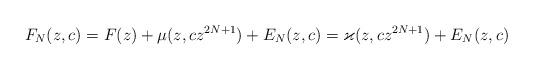
LaTeX: \begin{align*}F_N(z,c) = F(z) + \mu(z,c z^{2N+1}) + E_N(z,c) = \varkappa(z,c z^{2N+1}) + E_N(z,c) \end{align*}